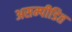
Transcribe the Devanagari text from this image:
असम्पीडित